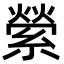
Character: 縈